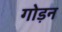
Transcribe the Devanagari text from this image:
गोड़न